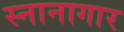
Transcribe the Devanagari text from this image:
स्‍नानागार